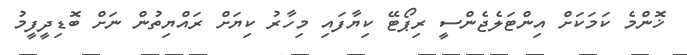
ޚޮންމެ ކަމަކަށް އިންޓަލެޖެންސީ ރިޕޯޓޭ ކިޔާފައި މިހާރު ކިޔަށް ރައްޔިތުން ނަަށް ބޮޑިދީފީމު